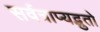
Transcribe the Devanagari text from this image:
सर्वत्राप्यद्भुतो